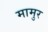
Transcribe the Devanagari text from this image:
मामुर